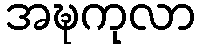
အဍ္ဎကုလာ